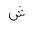
Letter: _shin